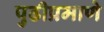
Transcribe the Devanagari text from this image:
पुढीप्रमाणे